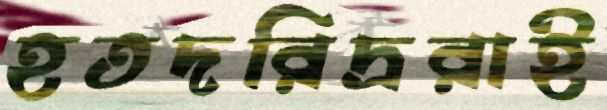
হতদরিদ্ররাই